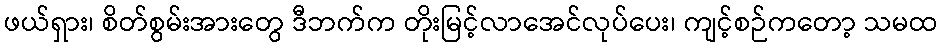
ဖယ်ရှား၊ စိတ်စွမ်းအားတွေ ဒီဘက်က တိုးမြင့်လာအေင်လုပ်ပေး၊ ကျင့်စဉ်ကတော့ သမထ